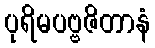
ပုရိမပဗ္ဗဇိတာနံ